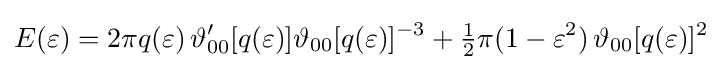
E(\varepsilon )=2\pi q(\varepsilon )\,\vartheta _{00}'[q(\varepsilon )]\vartheta _{00}[q(\varepsilon )]^{-3}+{\tfrac {1}{2}}\pi (1-\varepsilon ^{2})\,\vartheta _{00}[q(\varepsilon )]^{2}